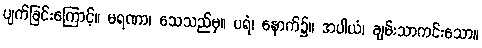
ပျက်ခြင်းကြောင့်။ မရဏာ၊ သေသည်မှ။ ပရံ၊ နောက်၌။ အပါယံ၊ ချမ်းသာကင်းသော။